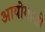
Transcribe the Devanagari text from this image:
आयोगाशी